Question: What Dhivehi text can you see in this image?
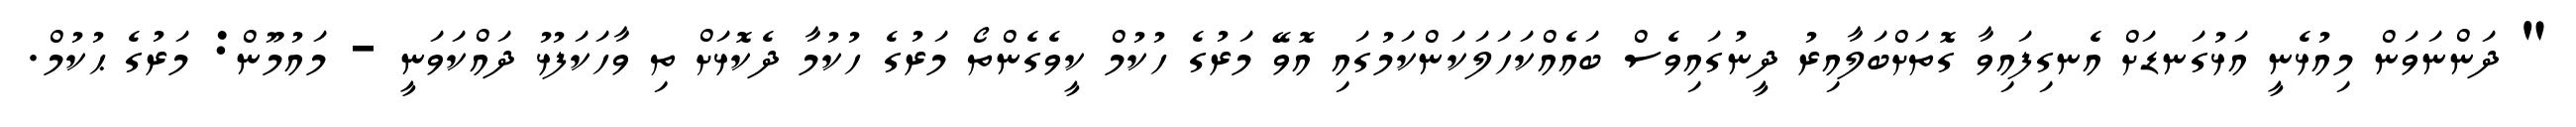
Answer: " ދަންނަވަން މިއުޅެނީ އަޅުގަނޑަށް އެނގިފައިވާ ގޮތަށްބަލާއިރު ދީނުގައިވެސް ބައެއްކަހަލަކަންކަމުގައި އޮވޭ މަރުގެ ހުކުމް ކީވެގެންތޯ މަރުގެ ހުކުމާ ދެކޮޅަށް ތި ވާހަކަފުޅު ދައްކަވަނީ - މައުމޫން: މަރުގެ ޙުކުމް.